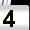
Digit: 4